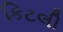
કિટલી